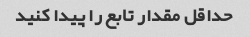
حداقل مقدار تابع را پیدا کنید